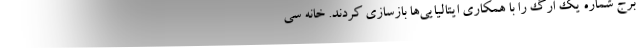
برج شماره یک ارگ را با همکاری ایتالیایی‌ها بازسازی کردند. خانه سی